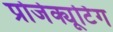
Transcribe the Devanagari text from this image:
प्रोजेक्यूटिंग